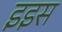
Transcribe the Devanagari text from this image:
इइस